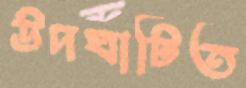
উদঘাটিত